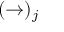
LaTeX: ( \rightarrow ) _ { j }